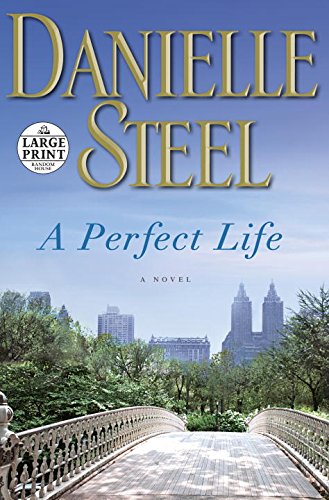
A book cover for A Perfect Life: A Novel (Random House Large Print); Danielle Steel; Literature & Fiction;